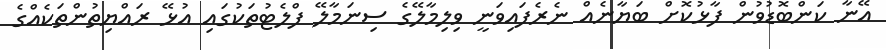
އޭނާ ކަންބޮޑުވުން ފާޅުކޮށް ބަޔާނެއް ނެރެފައިވަނީ ވިލިމާލޭގެ ސިނަމާލޭ ފްލެޓުތަކުގައި އުޅޭ ރައްޔިތުންތަކެއްގެ